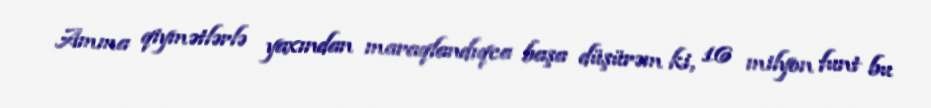
Amma qiymətlərlə yaxından maraqlandıqca başa düşürəm ki, 16 milyon funt bu